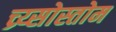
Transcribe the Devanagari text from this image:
च्र्य्सोस्तोम